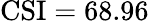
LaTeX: \mathrm{CSI}=68.96\